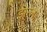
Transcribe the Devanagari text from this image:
झेन्ला